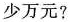
少万元?